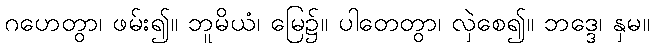
ဂဟေတွာ၊ ဖမ်း၍။ ဘူမိယံ၊ မြေ၌။ ပါတေတွာ၊ လှဲစေ၍။ ဘဒ္ဒေ၊ နှမ။